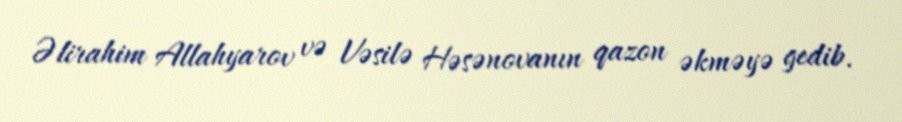
Əlirahim Allahyarov və Vəsilə Həsənovanın qazon əkməyə gedib.